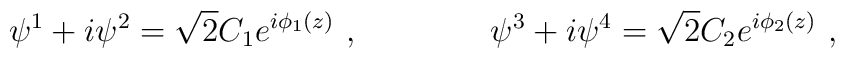
\psi^1+i\psi^2= \sqrt 2 C_1e^{i\phi_1 (z)}\ , \qquad\qquad \psi^3+i\psi^4=\sqrt 2 C_2 e^{i\phi_2 (z)}\ ,\nonumber